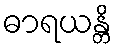
ဓာရယန္တိ